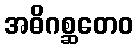
အဓိဂစ္ဆတေဝ